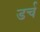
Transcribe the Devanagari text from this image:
डर्च